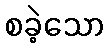
စခဲ့သော